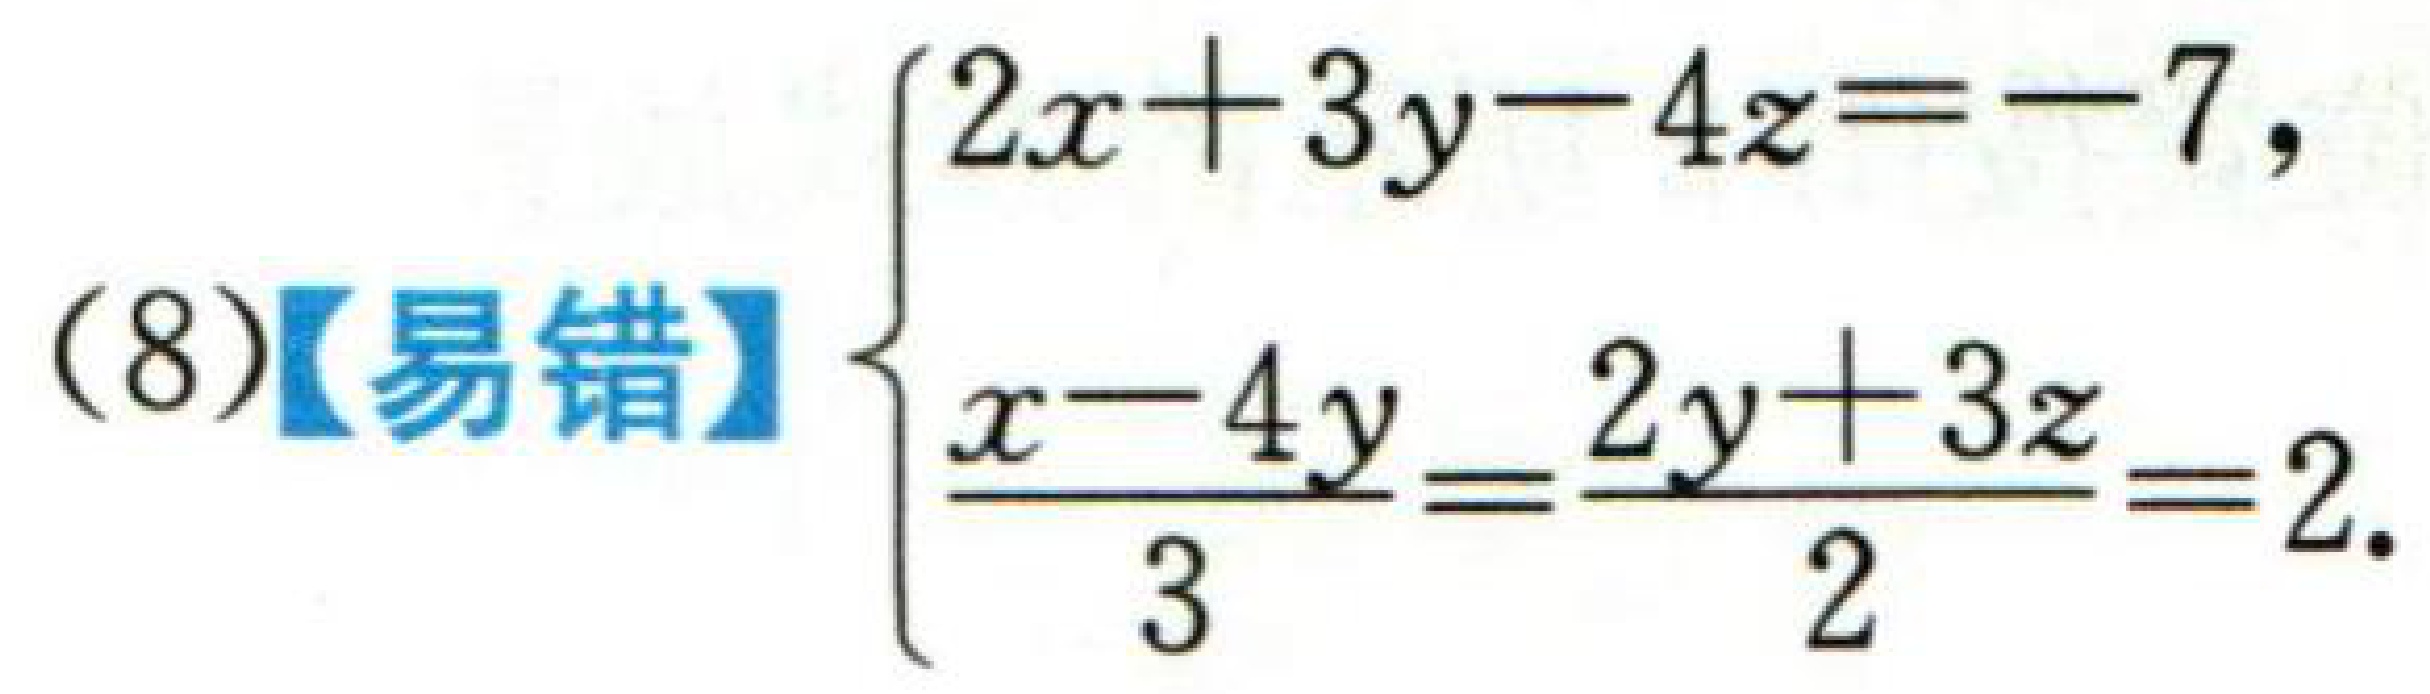
(8)【易错】$\begin{cases}2x + 3y - 4z = -7,\\\dfrac{x - 4y}{3}=\dfrac{2y + 3z}{2}=2.\end{cases}$